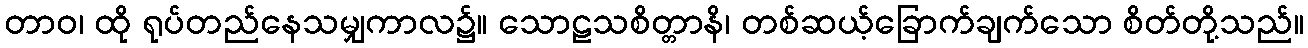
တာဝ၊ ထို ရုပ်တည်နေသမျှကာလ၌။ သောဠသစိတ္တာနိ၊ တစ်ဆယ့်ခြောက်ချက်သော စိတ်တို့သည်။